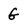
Character: G